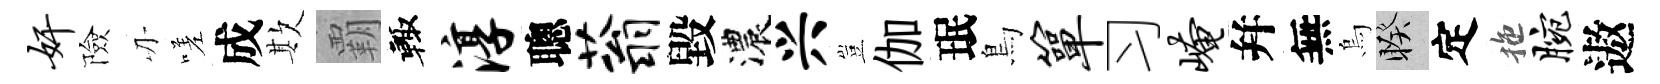
奸險刃嗟成欺覇輙淳聰蓊毀濃兴豈伽珉鳥箪习崦幷無烏睽定拖腕遨